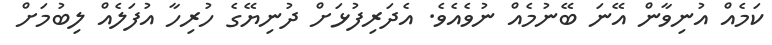
ކަމެއް އުނިވާން އޭނަ ބޭނުމެއް ނުވެއެވެ. އެދަރިފުޅަށް ދުނިޔޭގެ ހުރިހާ އުފަލެއް ލިބުމަށް